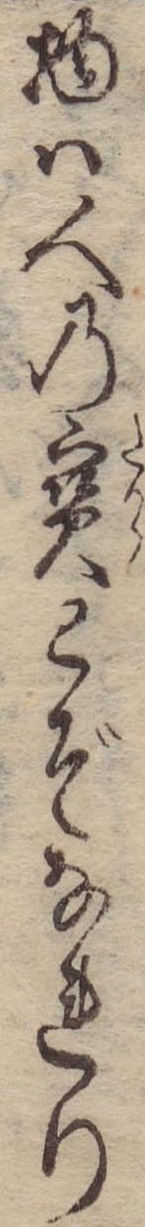
物は人の宝とぞなれり